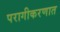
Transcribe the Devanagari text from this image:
परागीकरणात